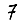
Digit: 7